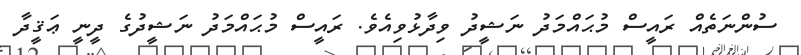
ސުންނަތެއް ރައީސް މުޙައްމަދު ނަޝީދު ވިދާޅުވިއެވެ. ރައީސް މުޙައްމަދު ނަޝީދުގެ ދީނީ ޢަޤީދާ